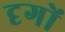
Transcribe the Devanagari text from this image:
दृगों